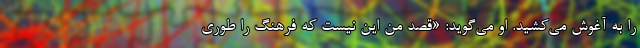
را به آغوش می‌کشید. او می‌گوید: «قصد من این نیست که فرهنگ را طوری